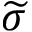
\widetilde { \sigma }